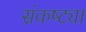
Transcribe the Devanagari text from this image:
संकष्ट्या